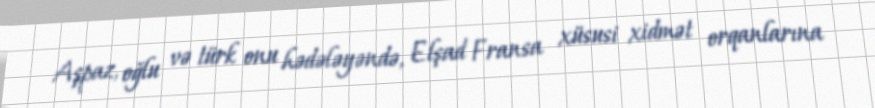
Aşpaz, oğlu və türk onu hədələyəndə, Elşad Fransa xüsusi xidmət orqanlarına